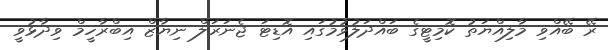
ރޭ ބޭއްވި މާލިއްޔަތު ކޮމިޓީގެ ބައްދަލުވުމުގައި އޮޑިޓަ ޖެނަރަލް ނިޔާޒް އިބްރާހީމް ވިދާޅުވީ